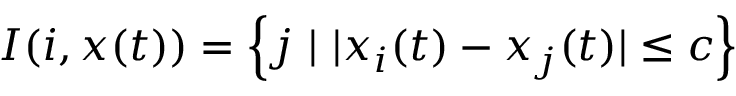
I ( i , x ( t ) ) = \left\{ j \ | \ | x _ { i } ( t ) - x _ { j } ( t ) | \leq c \right\}